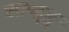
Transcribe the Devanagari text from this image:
शाण्टुङ्ग